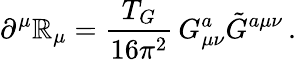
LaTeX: \partial^{\mu}\mathbb{R}_{\mu}=\frac{{T_{G}}}{{16\pi^{2}}}\, G_{\mu\nu}^{a}\tilde{{G}}^{a\mu\nu}\, .